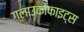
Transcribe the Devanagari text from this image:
ग्लाउकोफाइट्स